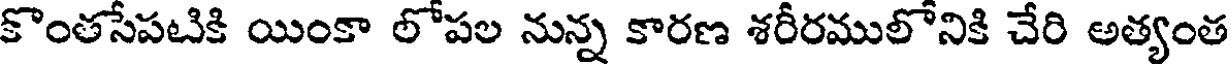
కొంతసేపటికి యింకా లోపల నున్న కారణ శరీరములోనికి చేరి అత్యంత